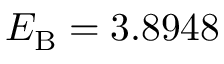
E _ { \mathrm { B } } = 3 . 8 9 4 8